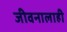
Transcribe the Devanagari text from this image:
जीवनालाही